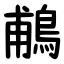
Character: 鵏